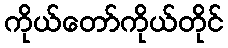
ကိုယ်တော်ကိုယ်တိုင်